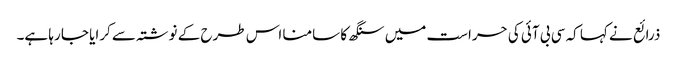
ذرائع نے کہا کہ سی بی آئی کی حراست میں سنگھ کا سامنا اس طرح کے نوشتہ سے کرایا جا رہا ہے۔